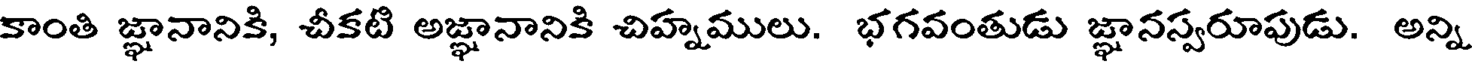
కాంతి జ్ఞానానికి, చీకటి అజ్ఞానానికి చిహ్నములు. భగవంతుడు జ్ఞానస్వరూపుడు. అన్ని